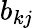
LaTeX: b_{kj}